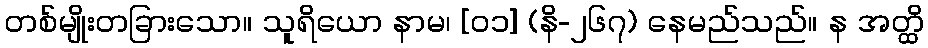
တစ်မျိုးတခြားသော။ သူရိယော နာမ၊ [၀၁] (နိ-၂၆၇) နေမည်သည်။ န အတ္ထိ